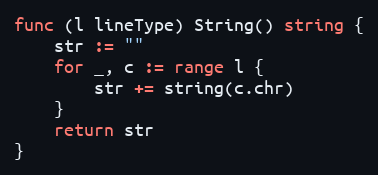
Language: Go
func (l lineType) String() string {
	str := ""
	for _, c := range l {
		str += string(c.chr)
	}
	return str
}